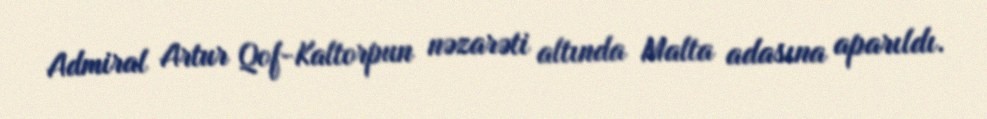
Admiral Artur Qof-Kaltorpun nəzarəti altında Malta adasına aparıldı.